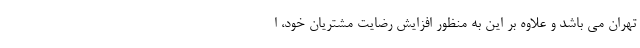
تهران می باشد و علاوه بر این به منظور افزایش رضایت مشتریان خود، ا